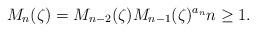
LaTeX: \begin{align*} M_{n}(\zeta)=M_{n-2}(\zeta) M_{n-1}(\zeta)^{a_{n}} n \geq 1.\end{align*}